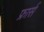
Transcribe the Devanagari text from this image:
फ्रार्स